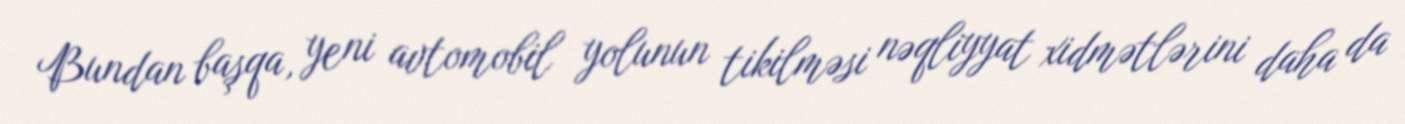
Bundan başqa, yeni avtomobil yolunun tikilməsi nəqliyyat xidmətlərini daha da